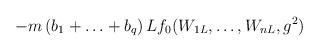
LaTeX: \begin{align*}-m\left(b_1+\ldots+b_q\right)Lf_0(W_{1L},\ldots,W_{nL},g^2)\end{align*}